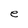
Character: e